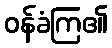
ဝန်ခံကြ၏